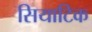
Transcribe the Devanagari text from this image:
सियाटिक